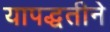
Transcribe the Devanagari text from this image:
यापद्धतीने